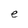
Character: e